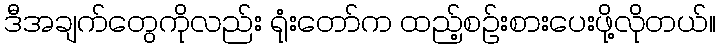
ဒီအချက်တွေကိုလည်း ရုံးတော်က ထည့်စဉ်းစားပေးဖို့လိုတယ်။